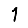
Digit: 1